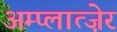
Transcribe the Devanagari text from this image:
अम्प्लात्ज़ेर